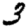
Digit: 3